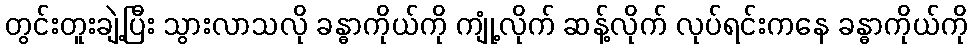
တွင်းတူးချဲ့ပြီး သွားလာသလို ခန္ဓာကိုယ်ကို ကျုံ့လိုက် ဆန့်လိုက် လုပ်ရင်းကနေ ခန္ဓာကိုယ်ကို